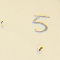
5